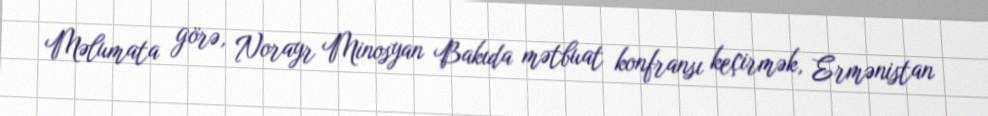
Məlumata görə, Norayr Minosyan Bakıda mətbuat konfransı keçirmək, Ermənistan